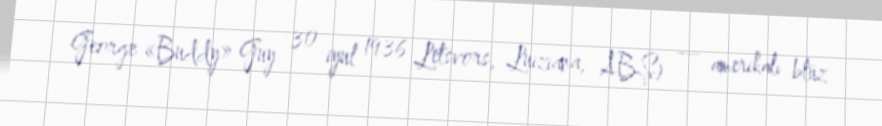
George «Buddy» Guy 30 iyul 1936 Letsvors, Luiziana, ABŞ) — amerikalı blüz